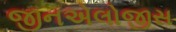
જીનએલોજીસ